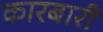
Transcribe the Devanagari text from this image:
कारबारी